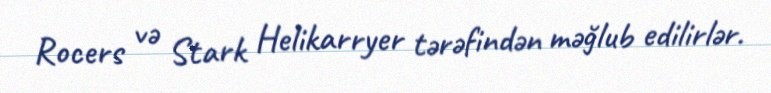
Rocers və Stark Helikarryer tərəfindən məğlub edilirlər.